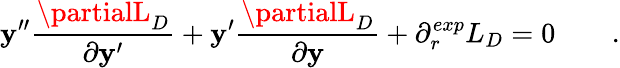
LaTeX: \mathbf{y}^{\prime\prime}{\frac{{\partialL_{D}}}{{\partial\mathbf{y}^{\prime}}}}+\mathbf{y}^{\prime}{\frac{{\partialL_{D}}}{{\partial\mathbf{y}}}}+\partial_{r}^{exp}L_{D}=0\qquad.